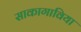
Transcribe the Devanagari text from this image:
साकागाविया